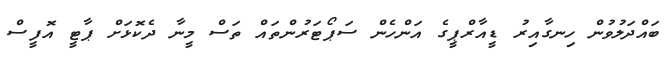
ބައްދަލުވުން ހިނގާއިރު ޑީއާރްޕީގެ އަންހެން ސަޕޯޓަރުންތައް ތަސް މީނާ ދެކޮޅަށް ޕާޓީ އޮފީސް